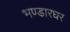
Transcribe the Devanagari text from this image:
भण्डारघर